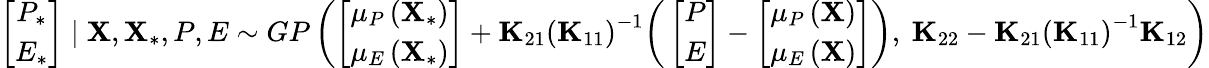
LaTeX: \begin{array}{r}{\left[\begin{array}{c}{P_{*}}\\ {E_{*}}\end{array}\right]\mid{\mathbf{X}},{\mathbf{X}}_{*},P,E\sim GP\left(\left[\begin{array}{c}{\mu_{P}\left(\mathbf{X}_{*}\right)}\\ {\mu_{E}\left(\mathbf{X}_{*}\right)}\end{array}\right]+\mathbf{K}_{21}\left(\mathbf{K}_{11}\right)^{-1}\bigg(\left[\begin{array}{c}{P}\\ {E}\end{array}\right]-\left[\begin{array}{c}{\mu_{P}\left(\mathbf{X}\right)}\\ {\mu_{E}\left(\mathbf{X}\right)}\end{array}\right]\bigg),\ \mathbf{K}_{22}-\mathbf{K}_{21}\left(\mathbf{K}_{11}\right)^{-1}\mathbf{K}_{12}\right)}\end{array}